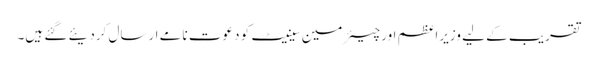
تقریب کے لیے وزیراعظم اور چیئرمین سینیٹ کو دعوت نامے ارسال کردیئے گئے ہیں۔